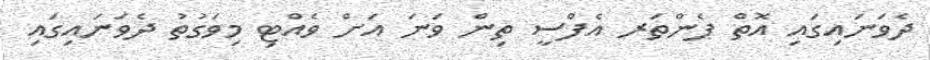
ދެވަނައިގައި އޮތް ޕެންތަރ އެފްސީ ތިން ވަނަ އަށް ވެއްޓި މިވަގުތު ދެވަނައިގައި